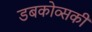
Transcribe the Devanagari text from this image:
डबकोव्सकी